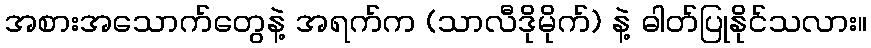
အစားအသောက်တွေနဲ့ အရက်က (သာလီဒိုမိုက်) နဲ့ ဓါတ်ပြုနိုင်သလား။